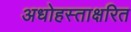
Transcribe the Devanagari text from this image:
अधोहस्ताक्षरित